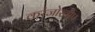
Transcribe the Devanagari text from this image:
करंजोखोप